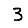
Digit: 3